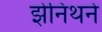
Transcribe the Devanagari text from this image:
झेनिथने